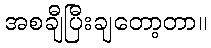
အစချီပြီးချတော့တာ။